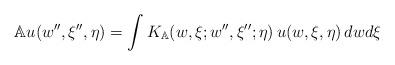
LaTeX: \begin{align*}\mathbb{A}u(w'',\xi'',\eta)=\int K_{\mathbb{A}}(w,\xi;w'',\xi'';\eta)\, u(w,\xi,\eta)\, dw d\xi \end{align*}